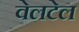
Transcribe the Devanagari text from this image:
वेलटेल